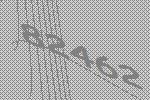
82462